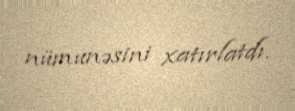
nümunəsini xatırlatdı.